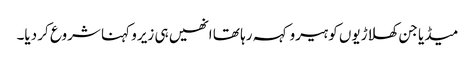
میڈیا جن کھلاڑیوں کو ہیرو کہہ رہا تھا انھیں ہی زیرو کہنا شروع کر دیا۔